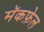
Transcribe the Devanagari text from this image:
मॅकफ़ेल